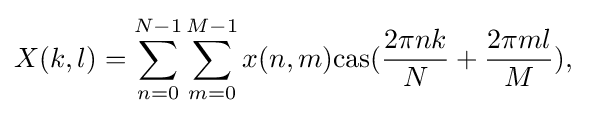
X(k,l)=\sum _{n=0}^{N-1}\sum _{m=0}^{M-1}x(n,m){\rm {cas}}({\frac {2\pi nk}{N}}+{\frac {2\pi ml}{M}}),\;